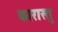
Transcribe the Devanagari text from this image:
कारास्तु